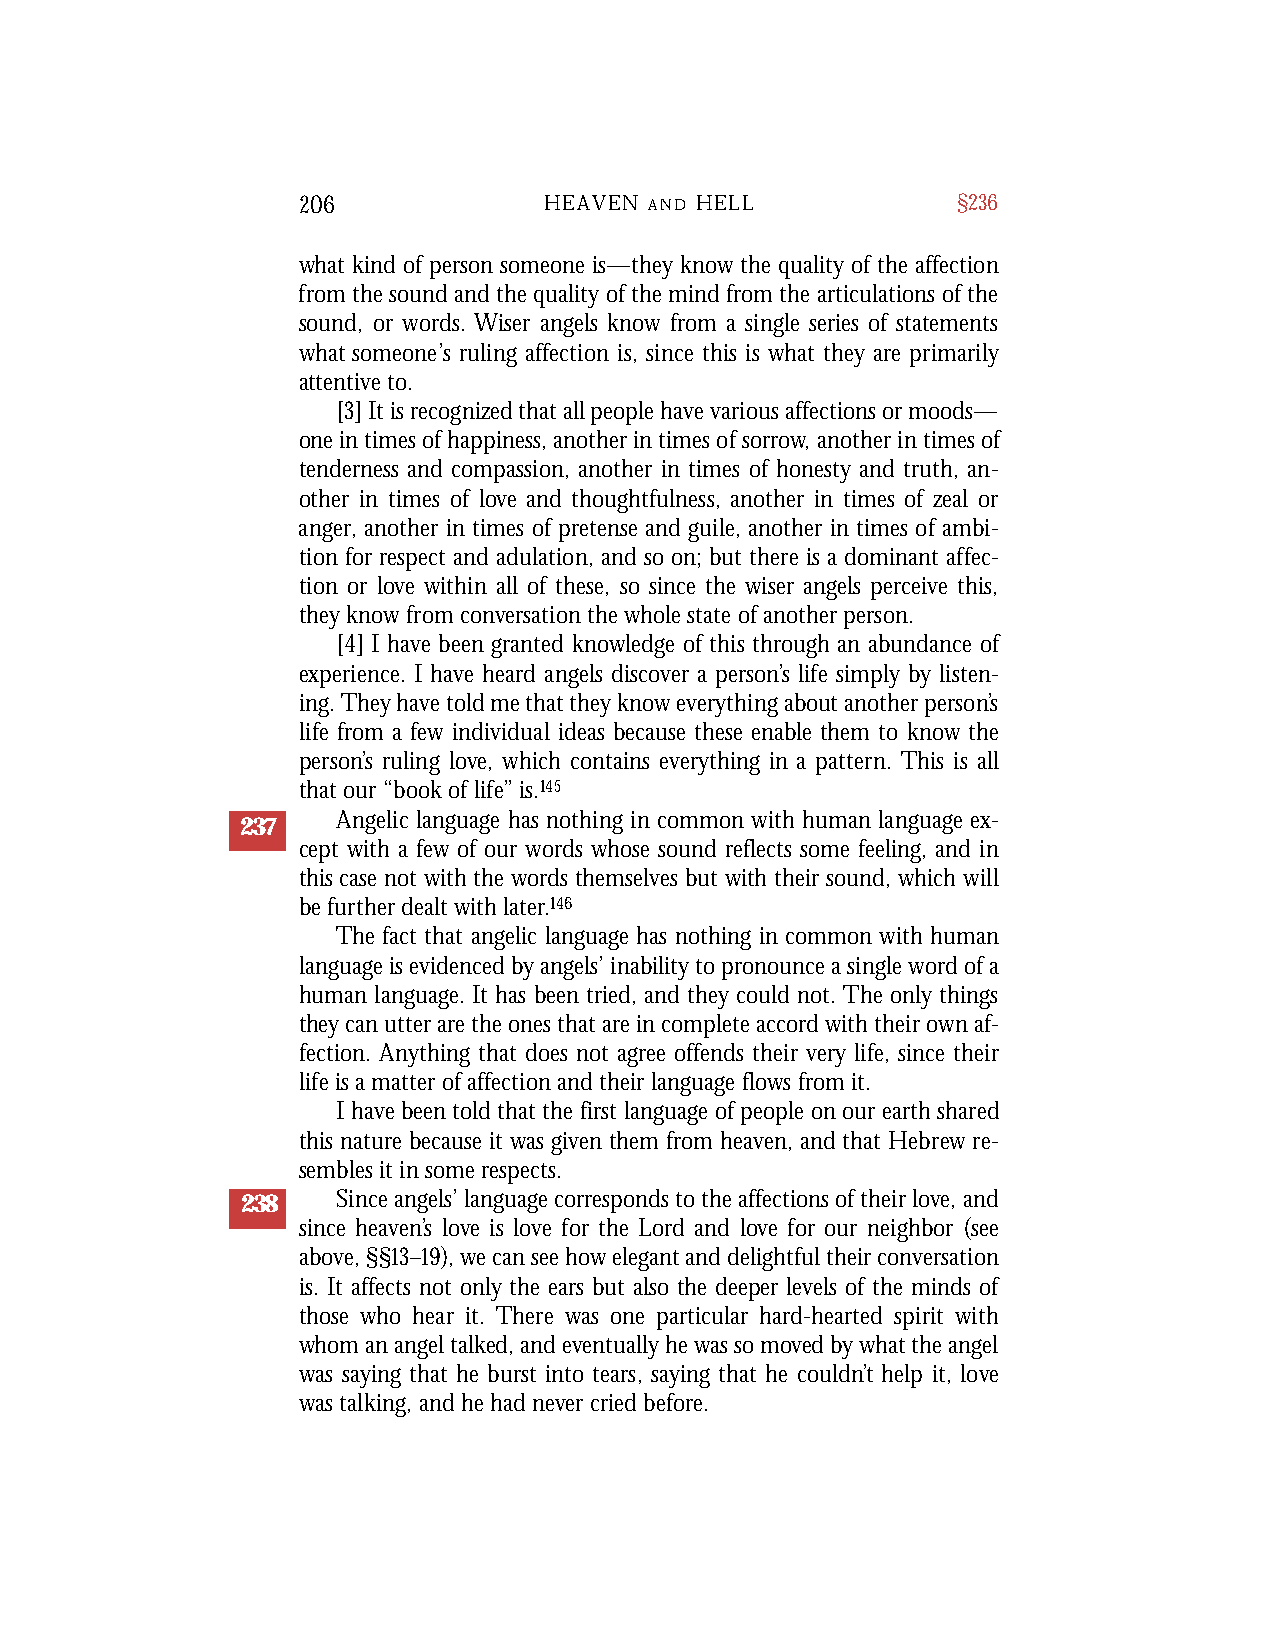
206             HEAVEN A N D H E L L       §236
 what kind of person someone is—they know the quality of the affection
 from the sound and the quality of the mind from the articulations of the
 sound, or words. Wiser angels know from a single series of statements
 what someone’s ruling affection is, since this is what they are primarily
 attentive to.
 [3] It is recognized that all people have various affections or moods—
 one in times of happiness, another in times of sorrow, another in times of
 tenderness and compassion, another in times of honesty and truth, an-
 other in times of love and thoughtfulness, another in times of zeal or
 anger, another in times of pretense and guile, another in times of ambi-
 tion for respect and adulation, and so on; but there is a dominant affec-
 tion or love within all of these, so since the wiser angels perceive this,
 they know from conversation the whole state of another person.
 [4] I have been granted knowledge of this through an abundance of
 experience. I have heard angels discover a person’s life simply by listen-
 ing. They have told me that they know everything about another person’s
 life from a few individual ideas because these enable them to know the
 person’s ruling love, which contains everything in a pattern. This is all
 that our “book of life” is.145
 Angelic language has nothing in common with human language ex-
 237
 cept with a few of our words whose sound reflects some feeling, and in
 this case not with the words themselves but with their sound, which will
 be further dealt with later.146
 The fact that angelic language has nothing in common with human
 language is evidenced by angels’ inability to pronounce a single word of a
 human language. It has been tried, and they could not. The only things
 they can utter are the ones that are in complete accord with their own af-
 fection. Anything that does not agree offends their very life, since their
 life is a matter of affection and their language flows from it.
 I have been told that the first language of people on our earth shared
 this nature because it was given them from heaven, and that Hebrew re-
 sembles it in some respects.
 238   Since angels’ language corresponds to the affections of their love, and
 since heaven’s love is love for the Lord and love for our neighbor (see
 above, §§13–19), we can see how elegant and delightful their conversation
 is. It affects not only the ears but also the deeper levels of the minds of
 those who hear it. There was one particular hard-hearted spirit with
 whom an angel talked, and eventually he was so moved by what the angel
 was saying that he burst into tears, saying that he couldn’t help it, love
 was talking, and he had never cried before.